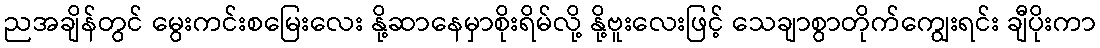
ညအချိန်တွင် မွေးကင်းစမြေးလေး နို့ဆာနေမှာစိုးရိမ်လို့ နို့ဗူးလေးဖြင့် သေချာစွာတိုက်ကျွေးရင်း ချီပိုးကာ